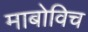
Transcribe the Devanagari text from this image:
माबोविच